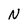
Character: N